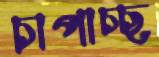
চাপাচ্ছ